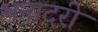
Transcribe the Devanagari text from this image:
भनादरी